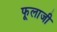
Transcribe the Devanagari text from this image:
फूलाजी